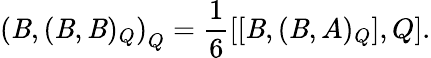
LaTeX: \left(\mathit{B},(\mathit{B},\mathit{B})_{Q}\right)_{Q}=\frac{{1}}{{6}}\left[[\mathit{B},(\mathit{B},A)_{Q}],Q\right].